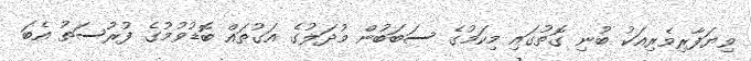
ވިޔަފާރިވެރިއަކު ބުނި ގޮތުގައި މިކަމުގެ ސަބަބުން މުދަލުގެ އަގުތައް ބޮޑުވުމުގެ ފުރުސަތު އެބަ